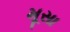
મૂસા